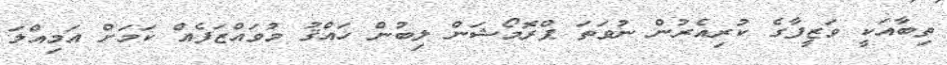
ތިބާއަކީ ވަޒީފާގެ ކުރިއެރުން ނުވަތަ ޕްރޮމޯޝަން ލިބުން ހައްޤު މުވައްޒަފެއް ކަމަށް އަމިއްލަ